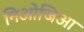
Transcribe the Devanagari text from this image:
निओजिआ